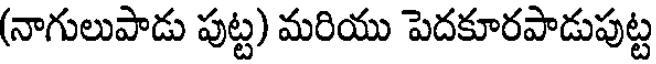
(నాగులుపాడు పుట్ట) మరియు పెదకూరపాడుపుట్ట